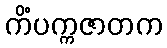
ကိံပက္ကဇာတက